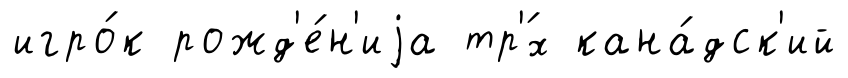
игро́к рожд'е́н'иjа тр'́х кана́дск'ий